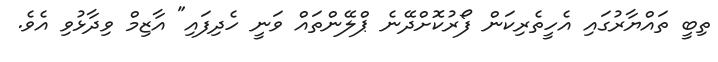
ތިބީ ތައްޔާރުގައި އެހީތެރިކަން ފޯރުކޮށްދޭނެ ޕްލޭންތައް ވަނީ ހެދިފައި" އާޒިމް ވިދާޅުވި އެވެ.